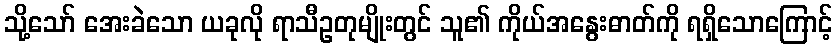
သို့သော် အေးခဲသော ယခုလို ရာသီဥတုမျိုးတွင် သူ၏ ကိုယ်အနွေးဓာတ်ကို ရရှိသောကြောင့်